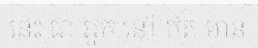
នេះ ជា អ្នក នៅ ឥត មាន